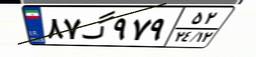
۸۷گ۹۷۹۵۲